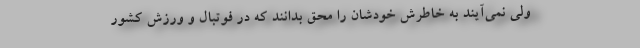
ولی نمی‌آیند به خاطرش خودشان را محق بدانند که در فوتبال و ورزش کشور